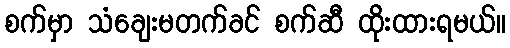
စက်မှာ သံချေးမတက်ခင် စက်ဆီ ထိုးထားရမယ်။